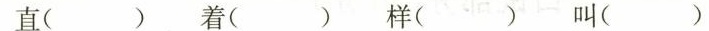
直( ) 着( ) 样( ) 叫( )